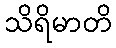
သိရိမာတိ